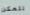
تتمكن